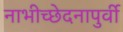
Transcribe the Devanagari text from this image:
नाभीच्छेदनापुर्वी